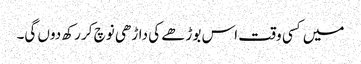
میں کسی وقت اس بوڑھے کی داڑھی نوچ کر رکھ دوں گی۔